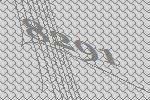
8291